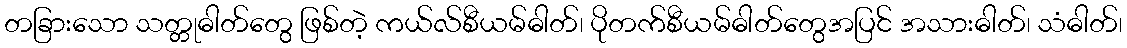
တခြားသော သတ္တုဓါတ်တွေ ဖြစ်တဲ့ ကယ်လ်စီယမ်ဓါတ်၊ ပိုတက်စီယမ်ဓါတ်တွေအပြင် အသားဓါတ်၊ သံဓါတ်၊